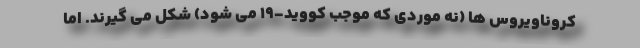
کروناویروس ها (نه موردی که موجب کووید-19 می شود) شکل می گیرند. اما